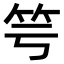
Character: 𥫡